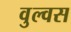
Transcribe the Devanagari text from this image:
वुल्वस